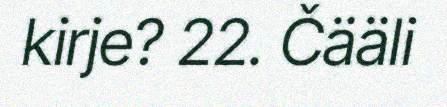
kirje? 22. Čääli